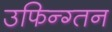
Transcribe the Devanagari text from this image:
उफिन्ग्तन